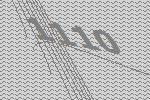
1110